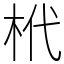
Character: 㭖